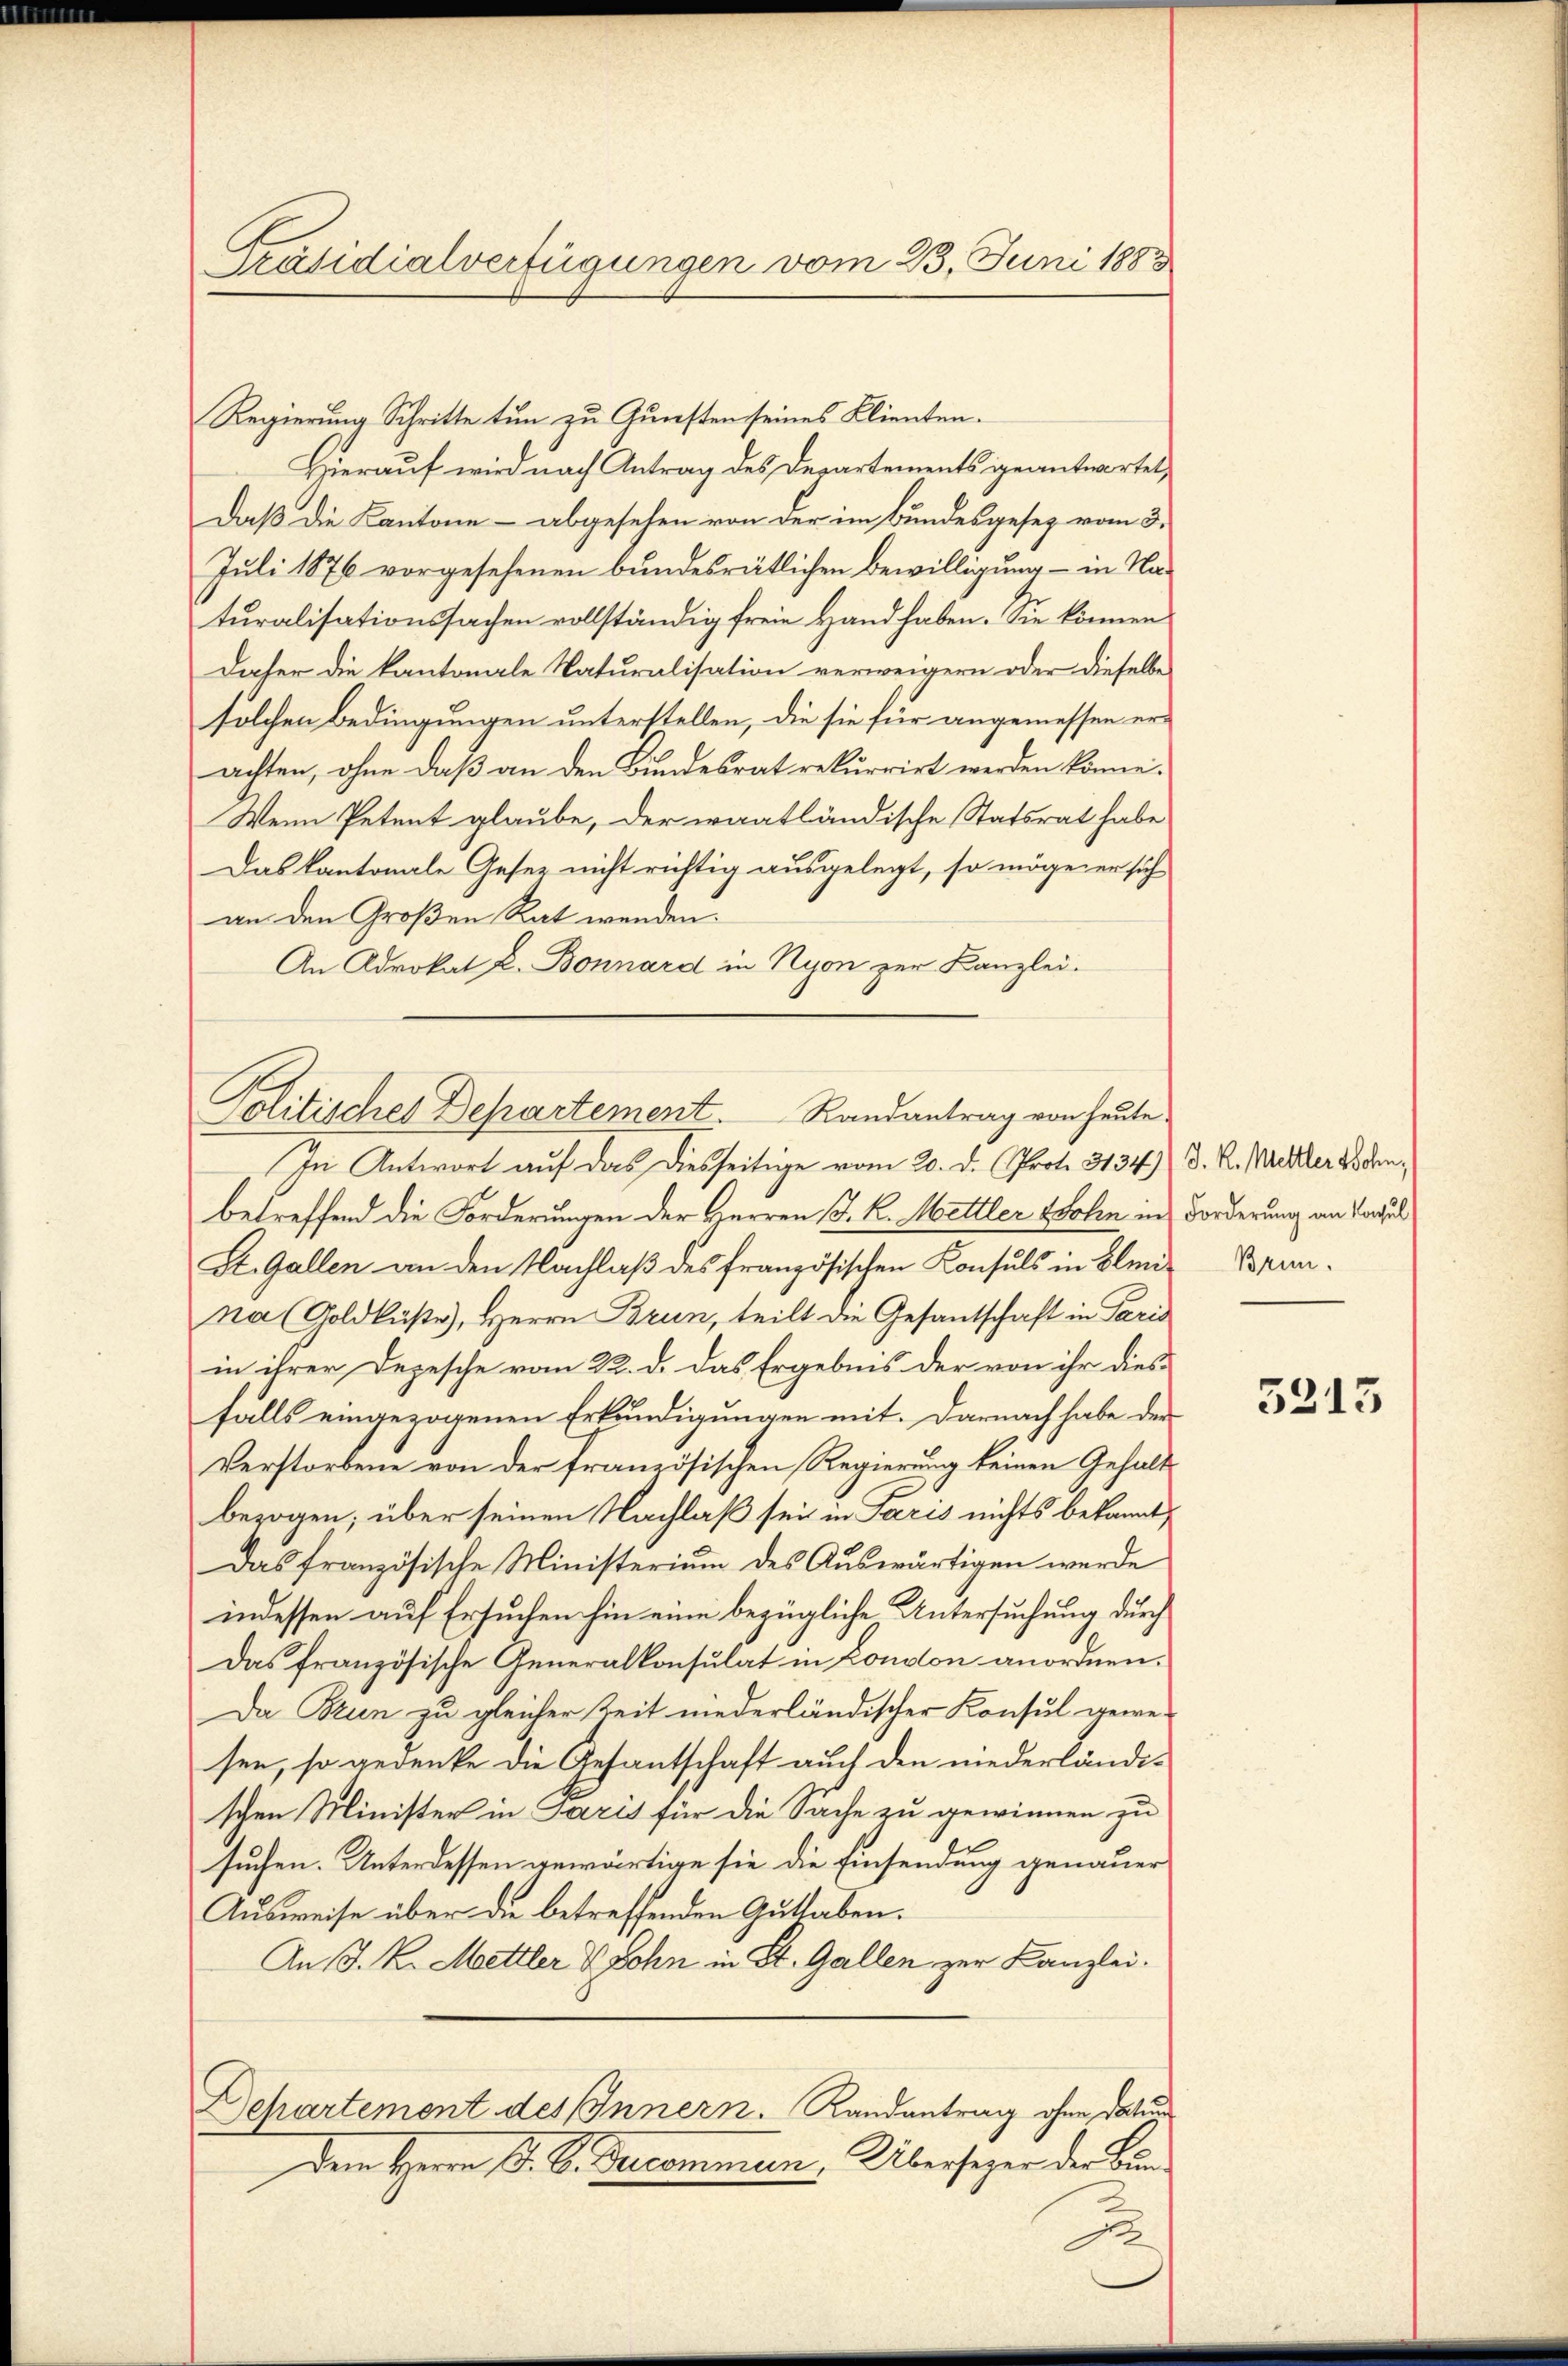
Präsidialverfügungen vom 23. Juni 1883

Regierung Schritte tun zu Gunsten seines Klienten.
Hierauf wird nach Antrag des Departements geantwortet,
Daß die Kantone – abgesehen von der im Bundesgesetz vom 3.
Juli 1876 vorgesehenen bundesrätlichen Bewilligung - in Naturalisationssachen vollständig freie Hand haben. Sie können
daher die kantonale Naturalisation verweigern oder dieselbe
solchen Bedingungen unterstellen, die sie für angemessen erachten, ohne daß an den Bundesrat rekurrirt werden könne.
Wenn Petent glaube, der waatländische Statsrat habe
Das kantonale Gesetz nicht richtig ausgelegt, so möge er sich
an den Großen Rat wenden.
An Advokat E. Bonnard in Nyon zur Kanzlei.

In Antwort auf das diesseitige vom 20. d. Prot. 3134) D. R. Mattler 23 denbetreffend die Forderungen der Herren (T. K. Mettler Wohin in Forderung an Vorsel
St. Gallen an den Nachlaß des französischen Konsuls in Blei- Brunna (Goldküste, Herrn Brun, teilt die Gesantschaft in Paris
in ihrer Depesche vom 22. d. das Ergebnis der von ihr dies-
falls eingezogenen Erkundigungen mit. Darnach habe der
Verstorbene von der französischen Regierung keinen Gehalt
bezogen; über seinen Nachlaß sei in Paris nichts bekannt,
Das französische Ministerium des Auswärtigen werde
indessen auf Ersuchen hin eine bezügliche Untersuchung durch
Das französische Generalkonsulat in London anordnen.
Da Brun zu gleicher Zeit niederländischer Konsul gewe-
sen, so gedenke die Gesantschaft auch den niederländi-
schen Minister in Paris für die Sache zu gewinnen zu
suchen. Unter dessen gewärtige sie die Einsendung genauer
Ausweise über die betreffenden Guthaben.
An 1. k. Mettler & John in St. Gallen zur Kanzlei.
Departement des Innern. Landantrag ohne Datums
Dem Herrn J. B. Decommen. Überseger der Bun¬
2

Randantrag von heute.
Politisches Departement.

3213